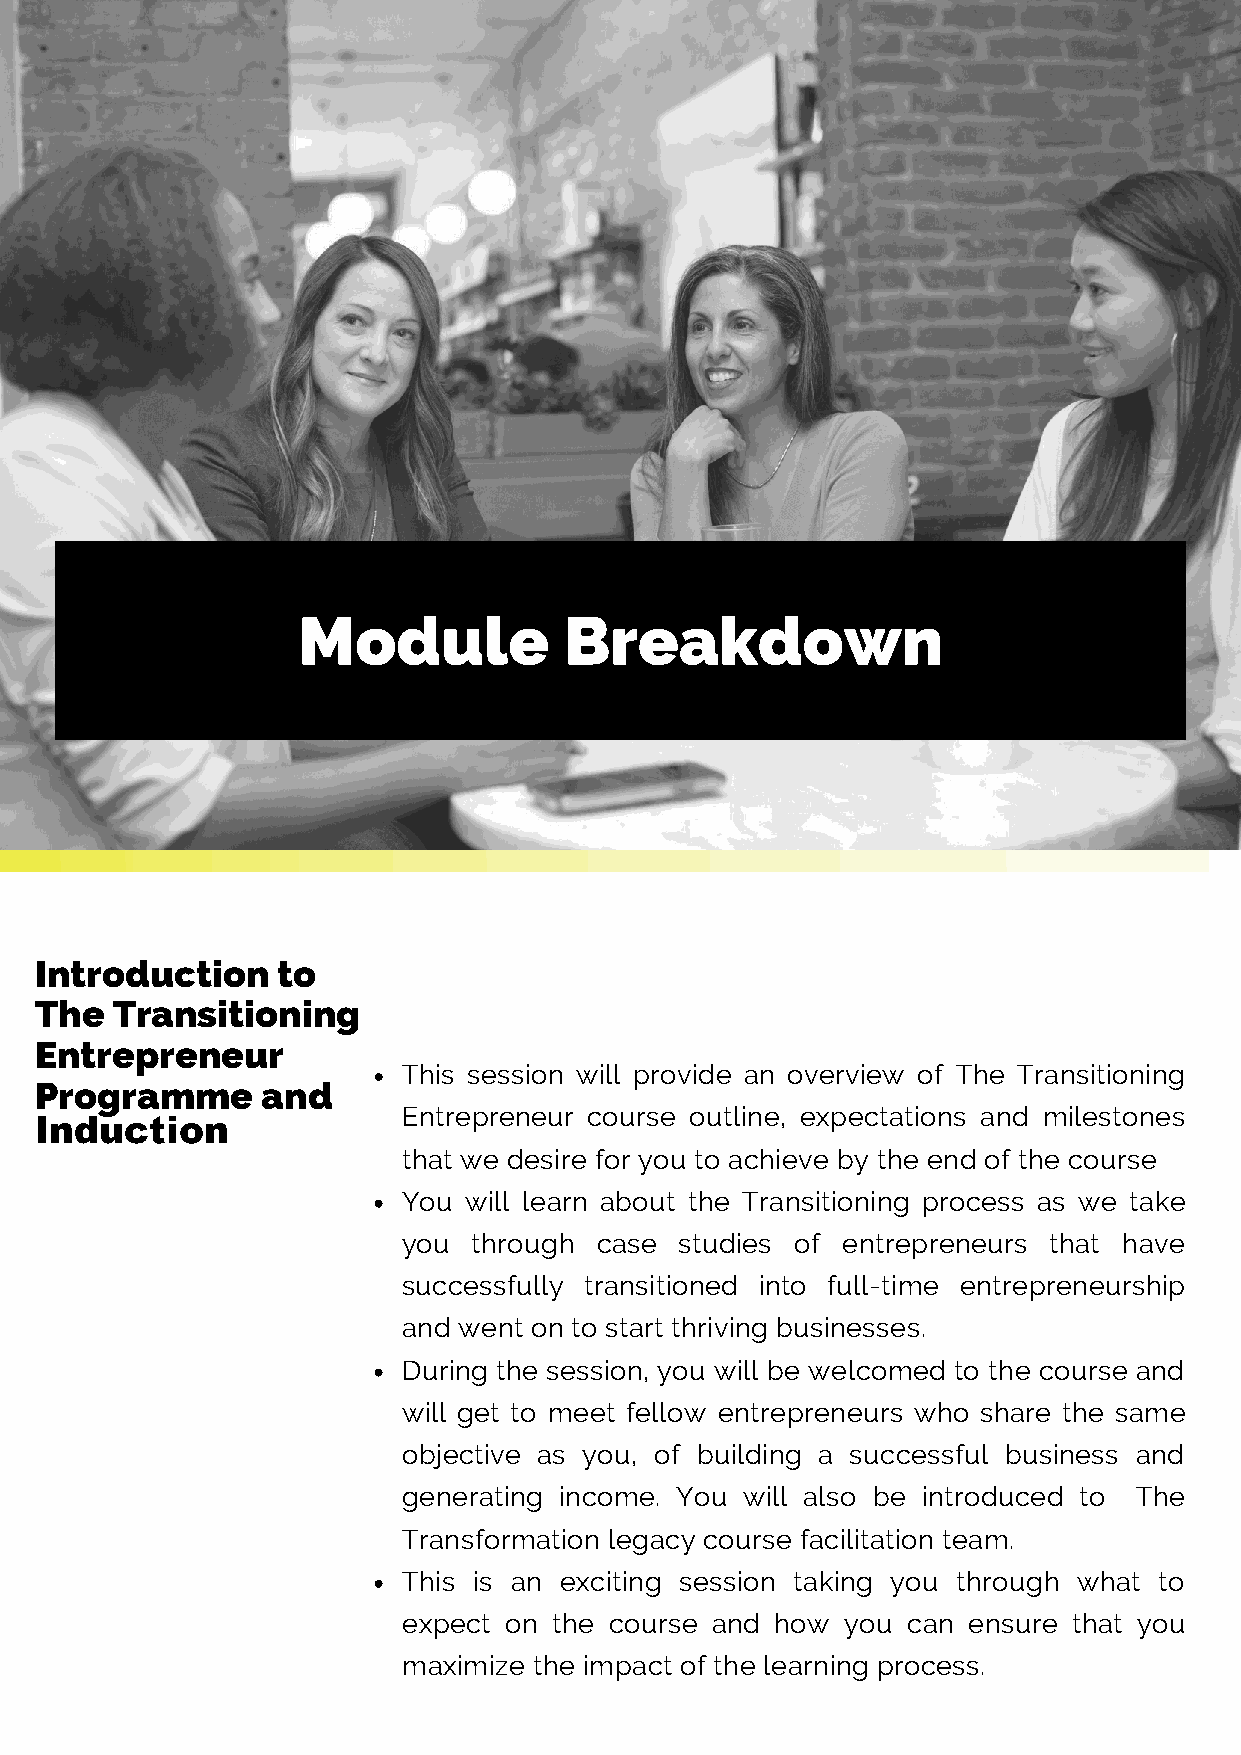
Module           Breakdown
 Introduction    to
 The  Transitioning
 Entrepreneur
 This session will provide an overview of The Transitioning
 Programme      and
 Entrepreneur course outline, expectations and milestones
 Induction
 that we desire for you to achieve by the end of the course
 You will learn about the Transitioning process as we take
 you through case  studies of entrepreneurs that have
 successfully transitioned into full-time entrepreneurship
 and went on to start thriving businesses.
 During the session, you will be welcomed to the course and
 will get to meet fellow entrepreneurs who share the same
 objective as you, of building a successful business and
 generating income. You will also be introduced to The
 Transformation legacy course facilitation team.
 This is an exciting session taking you through what to
 expect on the course and how you can ensure that you
 maximize the impact of the learning process.